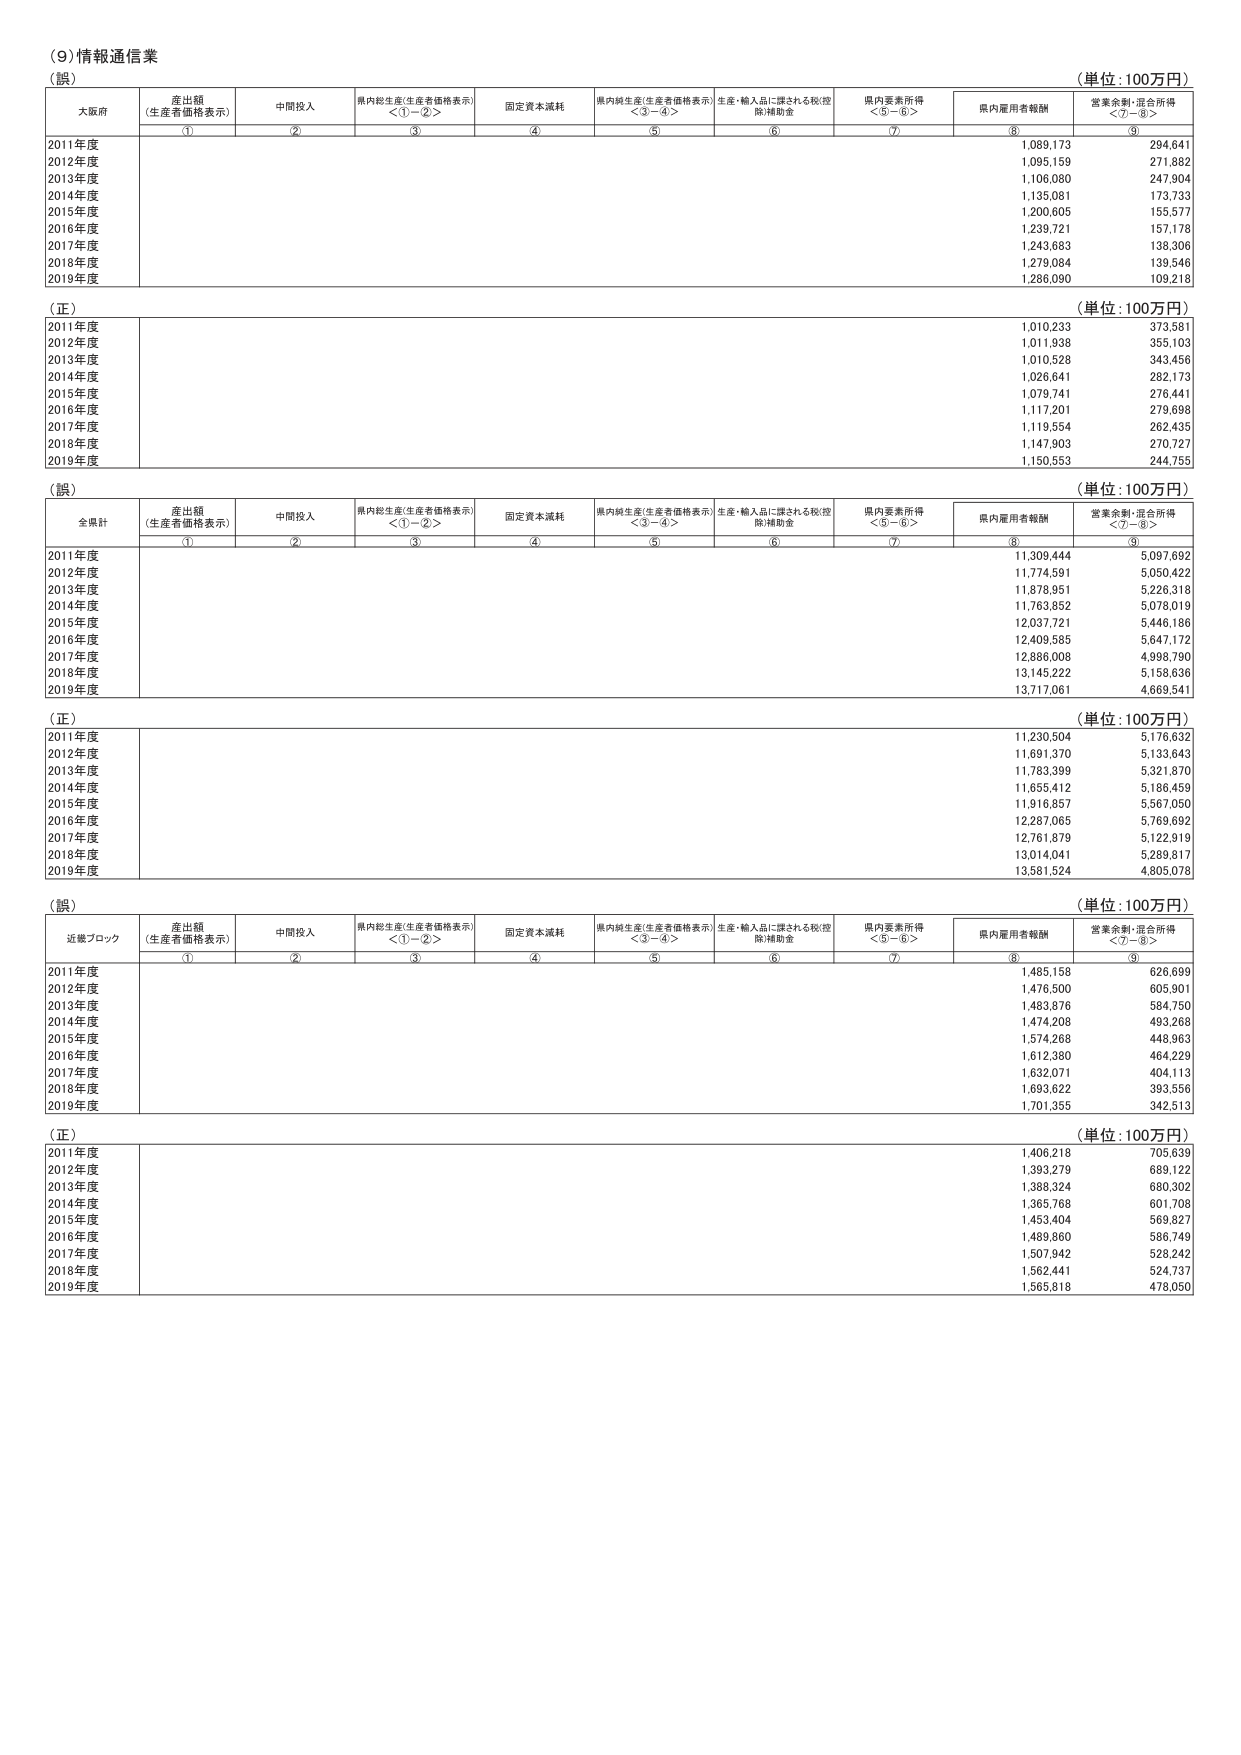
(9)情報通信業
（誤）
（単位：100万円）
大阪府
産出額（生産者価格表示）
中間投入
県内総生産（生産者価格表示）＜①－②＞
固定資本減耗
県内純生産（生産者価格表示）＜③－④＞
生産・輸入品に課される税（控除）補助金
県内要素所得＜⑤－⑥＞
県内雇用者報酬
営業余剰・混合所得＜⑦－⑧＞
①
②
③
④
⑤
⑥
⑦
⑧
⑨
2011年度
1,089,173
294,641
2012年度
1,095,159
271,882
2013年度
1,106,080
247,904
2014年度
1,135,081
173,733
2015年度
1,200,605
155,577
2016年度
1,239,721
157,178
2017年度
1,243,683
138,306
2018年度
1,279,084
139,546
2019年度
1,286,090
109,218
（正）
（単位：100万円）
2011年度
1,010,233
373,581
2012年度
1,011,938
355,103
2013年度
1,010,528
343,456
2014年度
1,026,641
282,173
2015年度
1,079,741
276,441
2016年度
1,117,201
279,698
2017年度
1,119,554
262,435
2018年度
1,147,903
270,727
2019年度
1,150,553
244,755
（誤）
（単位：100万円）
全県計
産出額（生産者価格表示）
中間投入
県内総生産（生産者価格表示）＜①－②＞
固定資本減耗
県内純生産（生産者価格表示）＜③－④＞
生産・輸入品に課される税（控除）補助金
県内要素所得＜⑤－⑥＞
県内雇用者報酬
営業余剰・混合所得＜⑦－⑧＞
①
②
③
④
⑤
⑥
⑦
⑧
⑨
2011年度
11,309,444
5,097,692
2012年度
11,774,591
5,050,422
2013年度
11,878,951
5,226,318
2014年度
11,763,852
5,078,019
2015年度
12,037,721
5,446,186
2016年度
12,409,585
5,647,172
2017年度
12,886,008
4,998,790
2018年度
13,145,222
5,158,636
2019年度
13,717,061
4,669,541
（正）
（単位：100万円）
2011年度
11,230,504
5,176,632
2012年度
11,691,370
5,133,643
2013年度
11,783,399
5,321,870
2014年度
11,655,412
5,186,459
2015年度
11,916,857
5,567,050
2016年度
12,287,065
5,769,692
2017年度
12,761,879
5,122,919
2018年度
13,014,041
5,289,817
2019年度
13,581,524
4,805,078
（誤）
（単位：100万円）
近畿ブロック
産出額（生産者価格表示）
中間投入
県内総生産（生産者価格表示）＜①－②＞
固定資本減耗
県内純生産（生産者価格表示）＜③－④＞
生産・輸入品に課される税（控除）補助金
県内要素所得＜⑤－⑥＞
県内雇用者報酬
営業余剰・混合所得＜⑦－⑧＞
①
②
③
④
⑤
⑥
⑦
⑧
⑨
2011年度
1,485,158
626,699
2012年度
1,476,500
605,901
2013年度
1,483,876
584,750
2014年度
1,474,208
493,268
2015年度
1,574,268
448,963
2016年度
1,612,380
464,229
2017年度
1,632,071
404,113
2018年度
1,693,622
393,556
2019年度
1,701,355
342,513
（正）
（単位：100万円）
2011年度
1,406,218
705,639
2012年度
1,393,279
689,122
2013年度
1,388,324
680,302
2014年度
1,365,768
601,708
2015年度
1,453,404
569,827
2016年度
1,489,860
586,749
2017年度
1,507,942
528,242
2018年度
1,562,441
524,737
2019年度
1,565,818
478,050